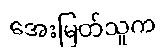
အေးမြတ်သူက